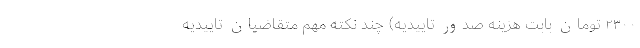
۲۳۰۰ تومان بابت هزینه صدور تاییدیه) چند نکته مهم متقاضیان تاییدیه